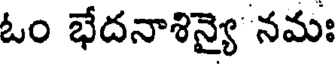
ఓం భేదనాశిన్యై నమః